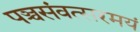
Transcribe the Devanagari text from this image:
पञ्चसंवत्सरमयं